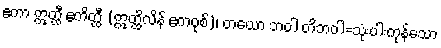
ဧကာ ဣတ္ထီ ဧကိတ္ထီ (ဣတ္ထိလိန် ဧကဝုစ်)၊ တယော ဘဝါ တိဘဝါ=သုံးပါးကုန်သော